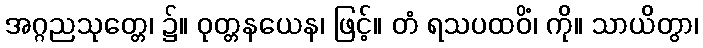
အဂ္ဂညသုတ္တေ၊ ၌။ ဝုတ္တနယေန၊ ဖြင့်။ တံ ရသပထဝိံ၊ ကို။ သာယိတွာ၊